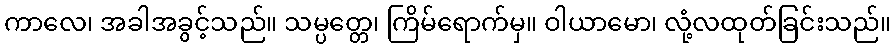
ကာလေ၊ အခါအခွင့်သည်။ သမ္ပတ္တေ၊ ကြိမ်ရောက်မှ။ ဝါယာမော၊ လုံ့လထုတ်ခြင်းသည်။